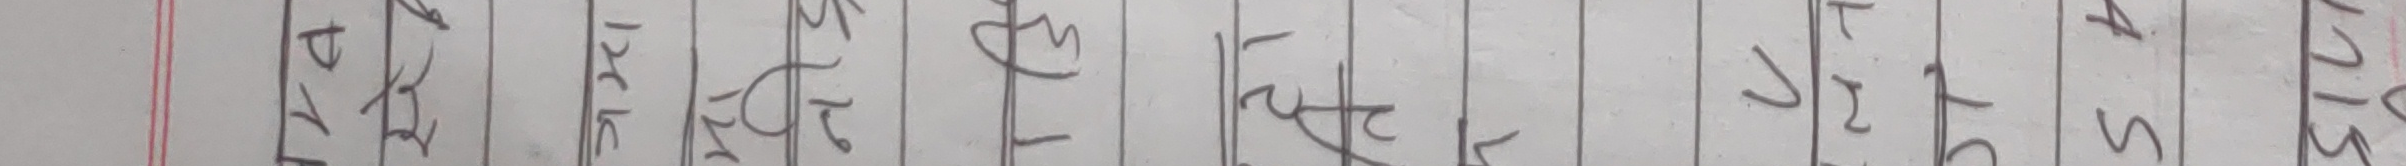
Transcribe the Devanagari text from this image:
प्रसाद फुल्ल ममता श्रमति जीवन सुलभ सरल गगन समय